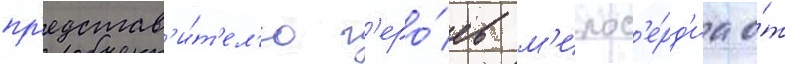
пр'едстав'и́т'ел'ю г'еро́ев м'илос'е́рд'иа о́т